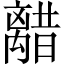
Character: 𫀥